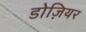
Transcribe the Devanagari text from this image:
डोज़ियर